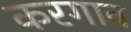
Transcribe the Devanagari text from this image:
करगाव